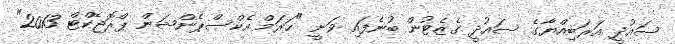
ސައުދީ އަރަބިއްޔާގެ ސައުދީ ގެޒެޓުން ބުނެފައި ވަނީ "ހަރަމް އެކްސްޕެންޝަން ޕްރޮޖެކްޓް 2013"